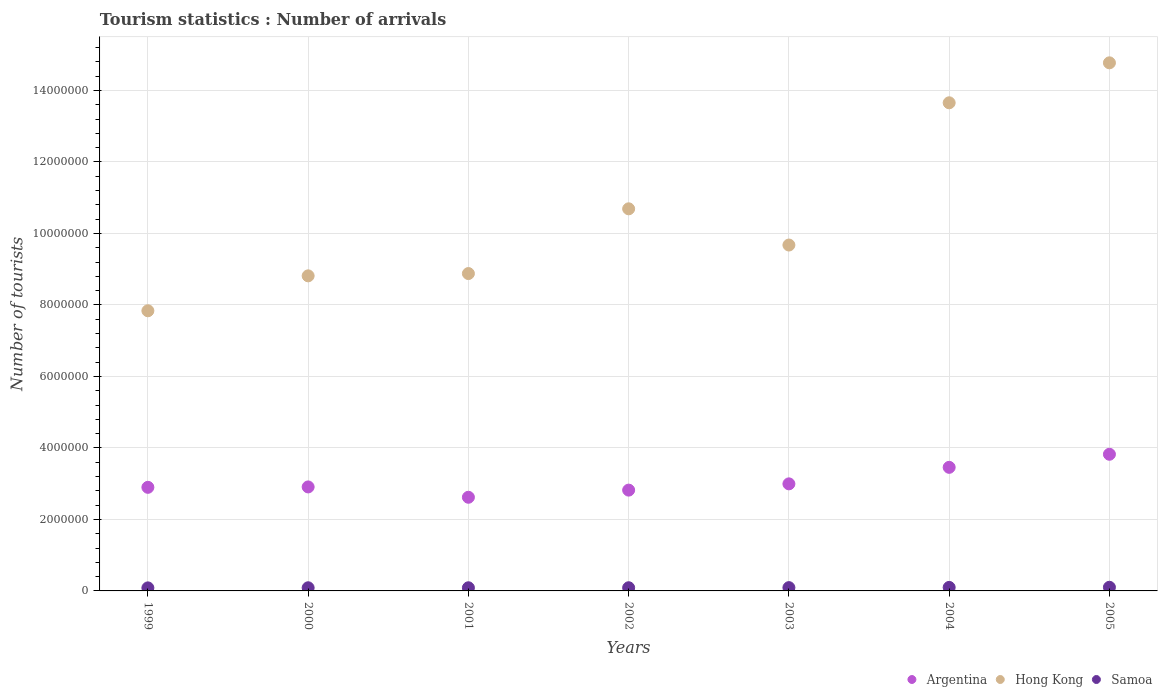
| Years | Argentina | Hong Kong | Samoa |
 | --- | --- | --- | --- |
 | 1999 | 2.9e+06 | 7.84e+06 | 8.5e+04 |
 | 2000 | 2.91e+06 | 8.81e+06 | 8.8e+04 |
 | 2001 | 2.62e+06 | 8.88e+06 | 8.8e+04 |
 | 2002 | 2.82e+06 | 1.07e+07 | 8.9e+04 |
 | 2003 | 3e+06 | 9.68e+06 | 9.2e+04 |
 | 2004 | 3.46e+06 | 1.37e+07 | 9.8e+04 |
 | 2005 | 3.82e+06 | 1.48e+07 | 1.02e+05 |